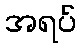
အရပ်